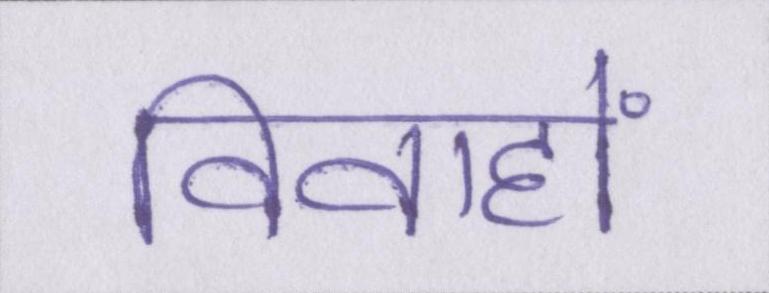
विवाहों